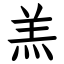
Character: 羔